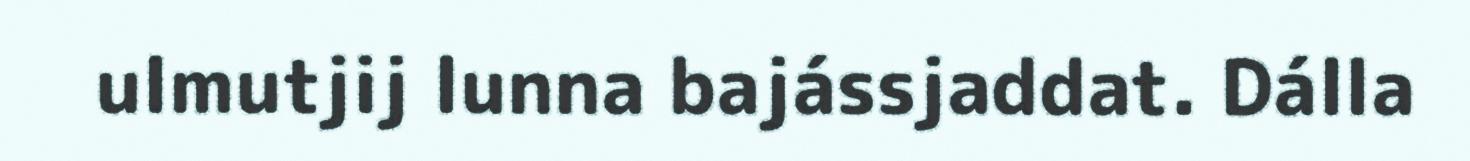
ulmutjij lunna bajássjaddat. Dálla